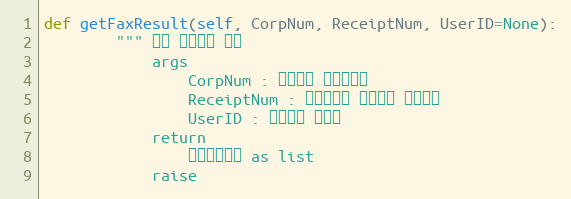
Language: Python
def getFaxResult(self, CorpNum, ReceiptNum, UserID=None):
        """ 팩스 전송결과 조회
            args
                CorpNum : 팝빌회원 사업자번호
                ReceiptNum : 전송요청시 발급받은 접수번호
                UserID : 팝빌회원 아이디
            return
                팩스전송정보 as list
            raise